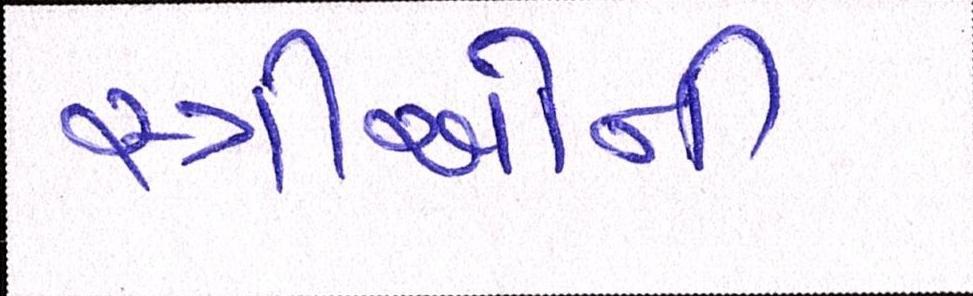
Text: સ્ત્રીઓની